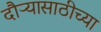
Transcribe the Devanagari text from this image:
दौऱ्यासाठीच्या